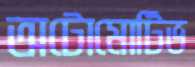
অটোমোটিভ